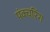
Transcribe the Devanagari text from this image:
पंक्चरिंग